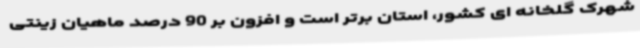
شهرک گلخانه ای کشور، استان برتر است و افزون بر 90 درصد ماهیان زینتی